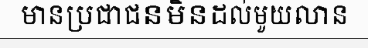
មានប្រជាជនមិនដល់មួយលាន